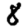
Digit: 8